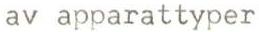
av apparattyper